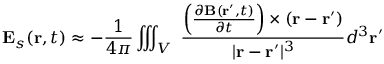
\mathbf { E } _ { s } ( \mathbf { r } , t ) \approx - { \frac { 1 } { 4 \pi } } \iiint _ { V } \ { \frac { \left( { \frac { \partial \mathbf { B } ( \mathbf { r } ^ { \prime } , t ) } { \partial t } } \right) \times \left( \mathbf { r } - \mathbf { r } ^ { \prime } \right) } { | \mathbf { r } - \mathbf { r } ^ { \prime } | ^ { 3 } } } d ^ { 3 } \mathbf { r ^ { \prime } }